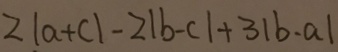
2 \vert a + c \vert - 2 \vert b - c \vert + 3 \vert b - a \vert